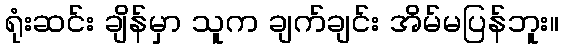
ရုံးဆင်း ချိန်မှာ သူက ချက်ချင်း အိမ်မပြန်ဘူး။